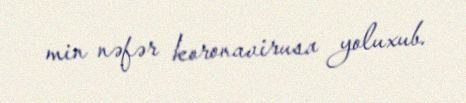
min nəfər koronavirusa yoluxub.